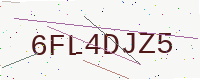
Text: 6FL4DJZ5